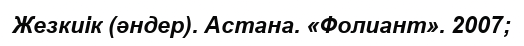
Жезкиік (әндер). Астана. «Фолиант». 2007;